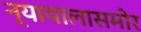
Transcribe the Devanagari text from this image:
न्यायालासमोर